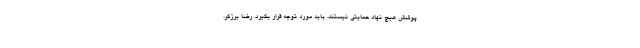
پوشش هیچ نهاد حمایتی نیستند، باید مورد توجه قرار بگیرد. رضا برزگر،